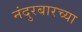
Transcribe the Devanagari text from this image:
नंदुरबारच्या